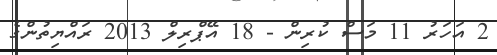
2 އަހަރު 11 މަސް ކުރިން - 18 އޭޕްރިލް 2013 ރައްޔިތުންގެ